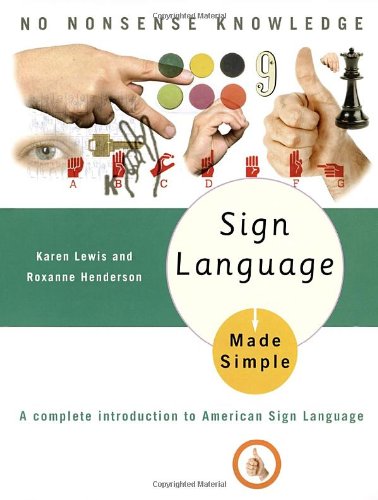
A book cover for Sign Language Made Simple: A Complete Introduction to American Sign Language; Karen Lewis; Reference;